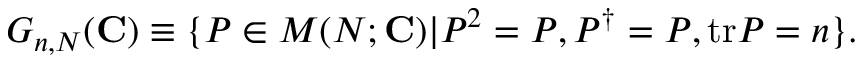
G _ { n , N } ( { \bf C } ) \equiv \{ P \in M ( N ; { \bf C } ) | P ^ { 2 } = P , P ^ { \dag } = P , \mathrm { t r } P = n \} .